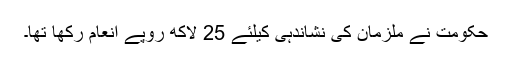
حکومت نے ملزمان کی نشاندہی کیلئے 25 لاکھ روپے انعام رکھا تھا۔